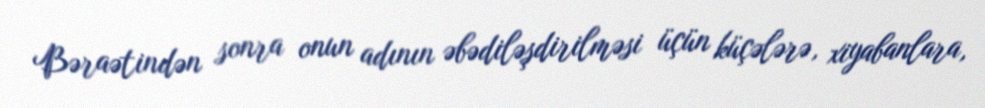
Bəraətindən sonra onun adının əbədiləşdirilməsi üçün küçələrə, xiyabanlara,